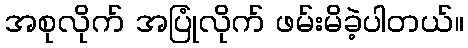
အစုလိုက် အပြုံလိုက် ဖမ်းမိခဲ့ပါတယ်။